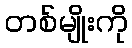
တစ်မျိုးကို